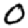
Digit: 0